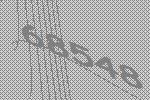
68548